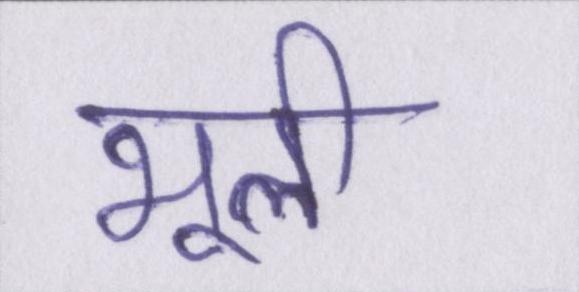
भूली